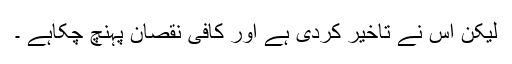
لیکن اس نے تاخیر کردی ہے اور کافی نقصان پہنچ چکاہے ۔